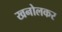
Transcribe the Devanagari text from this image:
खनोलकर